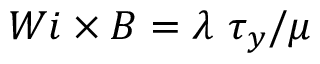
W i \times B = \lambda ~ \tau _ { y } / \mu